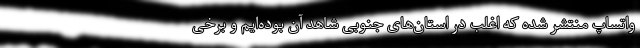
واتساپ منتشر شده که اغلب در استان‌های جنوبی شاهد آن بوده‌ایم و برخی